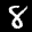
Label: 8